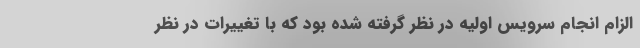
الزام انجام سرویس اولیه در نظر گرفته شده بود که با تغییرات در نظر